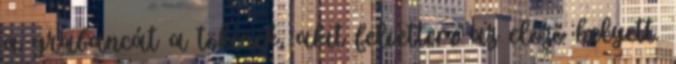
a grabancát a tökinek, akit felvettem az előző helyett.